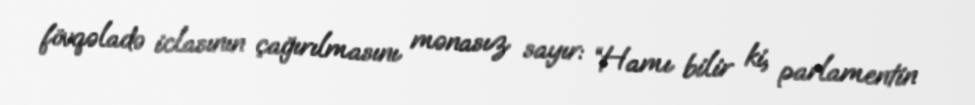
fövqəladə iclasının çağırılmasını mənasız sayır: “Hamı bilir ki, parlamentin